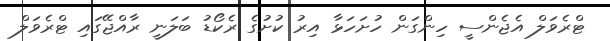
ޓްރެވަލް އެޖެންސީ ހިންގަން ހުށަހަޅާ އިރު ކުށުގެ ރެކޯޑު ބަލަނީ ރާއްޖޭގައި ޓްރެވަލް